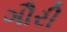
ગૌરી